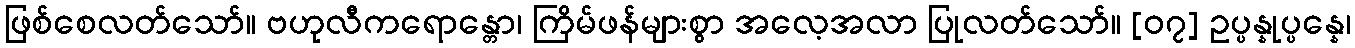
ဖြစ်စေလတ်သော်။ ဗဟုလီကရောန္တော၊ ကြိမ်ဖန်များစွာ အလေ့အလာ ပြုလတ်သော်။ [၀၇] ဥပ္ပန္နုပ္ပန္နေ၊